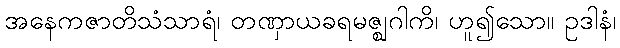
အနေကဇာတိသံသာရံ၊ တဏှာယခရမဇ္ဈဂါကိ၊ ဟူ၍သော။ ဥဒါနံ၊